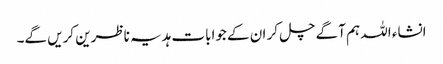
انشاء اللہ ہم آگے چل کر ان کے جوابات ہدیہ ناظرین کریں گے۔